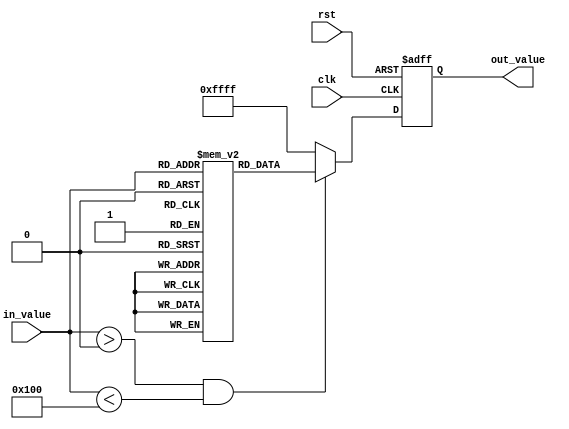
module lut_reciprocal (
    input wire [7:0] in_value,    // 8-bit input value
    input wire clk,                // Clock signal
    input wire rst,                // Reset signal
    output reg [15:0] out_value    // 16-bit output value for the reciprocal
);

    // Define the size of the LUT
    parameter LUT_SIZE = 256; // 256 entries for 0-255
    reg [15:0] lut [0:LUT_SIZE-1]; // LUT for storing reciprocal values

    // Initialize the LUT with precomputed reciprocal values
    initial begin
        // Precompute reciprocal values (scaled by 2^16 for fixed-point representation)
        // lut[0] = 0; // Avoid division by zero
        lut[1] = 16'h10000; // 1.0
        lut[2] = 16'h8000;  // 0.5
        lut[3] = 16'h5555;  // 0.3333
        lut[4] = 16'h4000;  // 0.25
        // ... Fill in the rest of the LUT with appropriate values
        // For example, lut[255] = 16'h1; // 1/255
        // This is a simplified example; you would need to fill in all values.
    end

    // Control logic to access the LUT
    always @(posedge clk or posedge rst) begin
        if (rst) begin
            out_value <= 16'h0; // Reset output
        end else begin
            if (in_value > 0 && in_value < LUT_SIZE) begin
                out_value <= lut[in_value]; // Lookup the reciprocal
            end else begin
                out_value <= 16'hFFFF; // Handle out of range or zero input
            end
        end
    end

endmodule